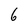
Character: 6